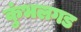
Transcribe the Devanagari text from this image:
कुंभलगड